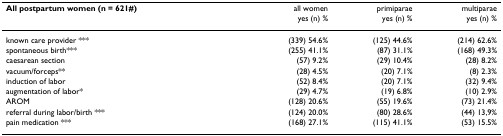
<table><thead><tr><td><b>All postpartum women (n = 621#)</b></td><td><b>all womenyes (n) %</b></td><td><b>primiparaeyes (n) %</b></td><td><b>multiparaeyes (n) %</b></td></tr></thead><tbody><tr><td>known care provider ***</td><td>(339) 54.6%</td><td>(125) 44.6%</td><td>(214) 62.6%</td></tr><tr><td>spontaneous birth***</td><td>(255) 41.1%</td><td>(87) 31.1%</td><td>(168) 49.3%</td></tr><tr><td>caesarean section</td><td>(57) 9.2%</td><td>(29) 10.4%</td><td>(28) 8.2%</td></tr><tr><td>vacuum/forceps**</td><td>(28) 4.5%</td><td>(20) 7.1%</td><td>(8) 2.3%</td></tr><tr><td>induction of labor</td><td>(52) 8.4%</td><td>(20) 7.1%</td><td>(32) 9.4%</td></tr><tr><td>augmentation of labor*</td><td>(29) 4.7%</td><td>(19) 6.8%</td><td>(10) 2.9%</td></tr><tr><td>AROM</td><td>(128) 20.6%</td><td>(55) 19.6%</td><td>(73) 21.4%</td></tr><tr><td>referral during labor/birth ***</td><td>(124) 20.0%</td><td>(80) 28.6%</td><td>(44) 13,9%</td></tr><tr><td>pain medication ***</td><td>(168) 27.1%</td><td>(115) 41.1%</td><td>(53) 15.5%</td></tr></tbody></table>